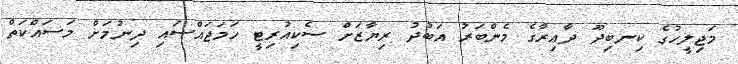
މަޖިލީހުގެ ކިނބިދޫ ދާއިރާގެ މެންބަރު އަބުދު ރިޔާޒަށް ސެކިއުރިޓީ ހަމަޖައްސައި ދިނުމަށް މަސައްކަތް